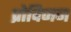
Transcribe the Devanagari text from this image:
प्रोविजन